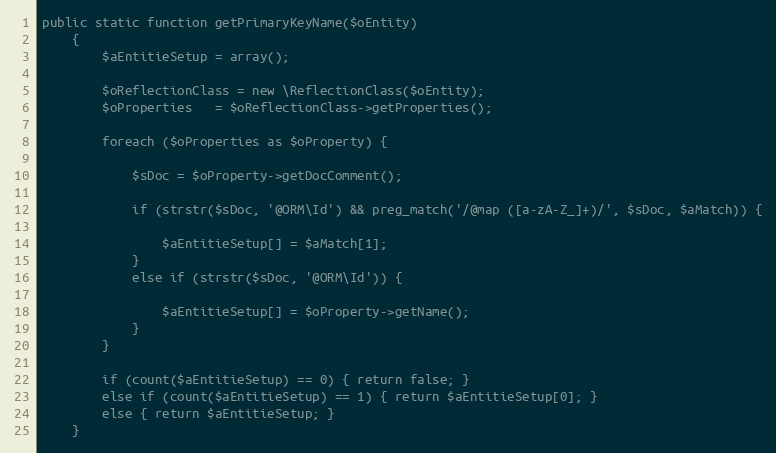
Language: PHP
public static function getPrimaryKeyName($oEntity)
    {
        $aEntitieSetup = array();

        $oReflectionClass = new \ReflectionClass($oEntity);
        $oProperties   = $oReflectionClass->getProperties();

        foreach ($oProperties as $oProperty) {

            $sDoc = $oProperty->getDocComment();

            if (strstr($sDoc, '@ORM\Id') && preg_match('/@map ([a-zA-Z_]+)/', $sDoc, $aMatch)) {

                $aEntitieSetup[] = $aMatch[1];
            }
            else if (strstr($sDoc, '@ORM\Id')) {

                $aEntitieSetup[] = $oProperty->getName();
            }
        }

        if (count($aEntitieSetup) == 0) { return false; }
        else if (count($aEntitieSetup) == 1) { return $aEntitieSetup[0]; }
        else { return $aEntitieSetup; }
    }